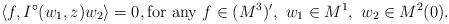
LaTeX: \begin{align*}\langle f, I^{\circ}(w_1, z)w_2\rangle=0,\mbox{for any}\ f\in (M^3)',\ w_1\in M^1,\ w_2\in M^2(0).\end{align*}